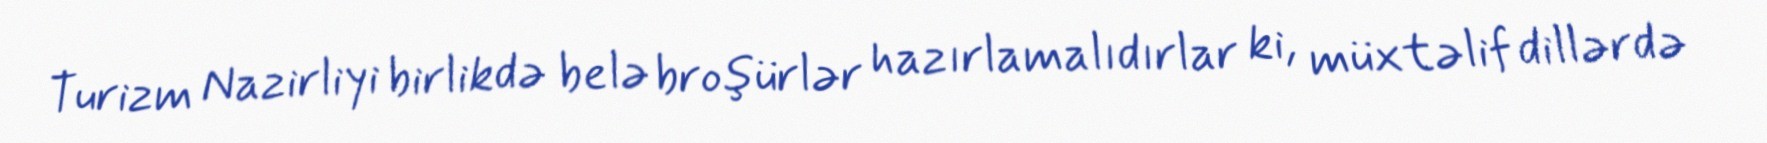
Turizm Nazirliyi birlikdə belə broşürlər hazırlamalıdırlar ki, müxtəlif dillərdə